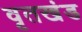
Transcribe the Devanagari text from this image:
वृतखंड